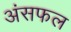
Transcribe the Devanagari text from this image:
अंसफल